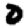
Digit: 0